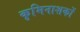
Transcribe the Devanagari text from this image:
कृमिनाशकों